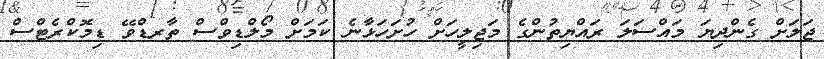
ޖަލަށް ގެންދިޔަ މައްސަލަ ރައްޔިތުންގެ މަޖިލީހަށް ހުށަހަޅާނެ ކަމަށް މޯލްޑިވްސް ތާރޑްވޭ ޑިމޮކްރެޓްސް